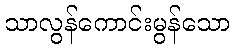
သာလွန်ကောင်းမွန်သော